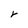
Character: r